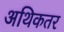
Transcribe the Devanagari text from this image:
अथिकतर